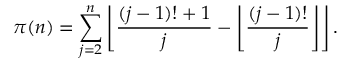
\pi ( n ) = \sum _ { j = 2 } ^ { n } \left\lfloor { \frac { ( j - 1 ) ! + 1 } { j } } - \left\lfloor { \frac { ( j - 1 ) ! } { j } } \right\rfloor \right\rfloor .